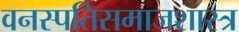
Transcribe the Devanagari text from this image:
वनस्पतिसमाजशास्त्र